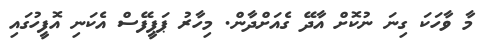
މާ ވާހަކަ ގިނަ ނުކޮށް އާދޭ ގެއަށްދާން. މިހާރު ޕަޕީފޭސް އެކަނި އޮފީހުގައި